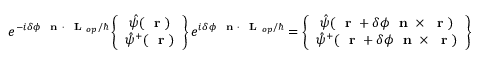
e ^ { - i \delta \phi \mathrm { ~ \bf ~ n ~ } \cdot \mathrm { ~ \bf ~ L ~ } _ { o p } / \hbar } \left\{ \begin{array} { c } { \hat { \psi } ( \mathrm { ~ \bf ~ r ~ } ) } \\ { \hat { \psi } ^ { + } ( \mathrm { ~ \bf ~ r ~ } ) } \end{array} \right\} e ^ { i \delta \phi \mathrm { ~ \bf ~ n ~ } \cdot \mathrm { ~ \bf ~ L ~ } _ { o p } / \hbar } = \left\{ \begin{array} { c } { \hat { \psi } ( \mathrm { ~ \bf ~ r ~ } + \delta \phi \mathrm { ~ \bf ~ n ~ } \times \mathrm { ~ \bf ~ r ~ } ) } \\ { \hat { \psi } ^ { + } ( \mathrm { ~ \bf ~ r ~ } + \delta \phi \mathrm { ~ \bf ~ n ~ } \times \mathrm { ~ \bf ~ r ~ } ) } \end{array} \right\}